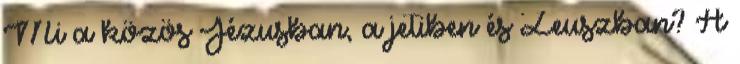
Mi a közös Jézusban, a jetiben és Zeuszban? A